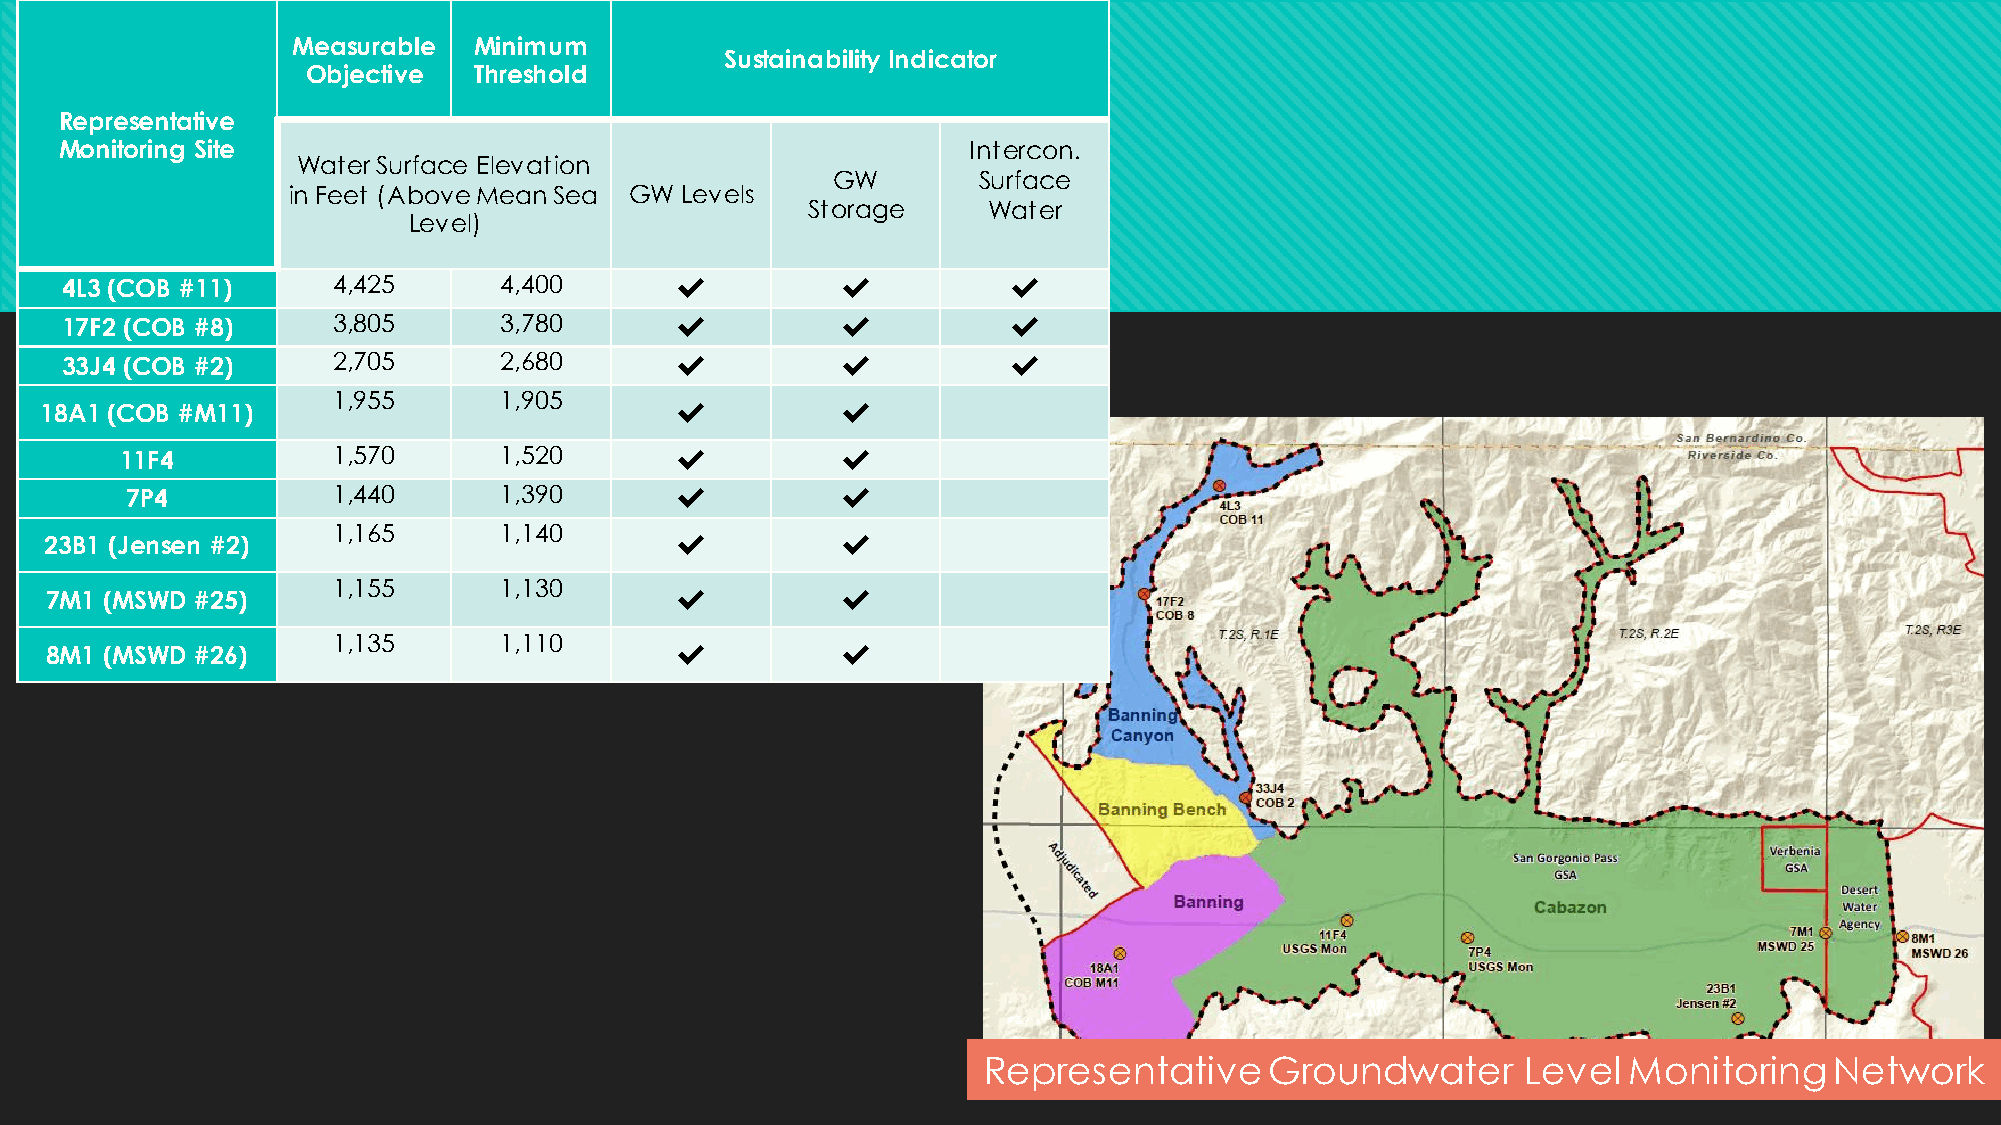
Measurable  Minimum
 Sustainability Indicator
 Objective  Threshold
 Representative
 Monitoring Site                                             Intercon.
 Water Surface Elevation
 GW        Surface
 in Feet (Above Mean Sea GW Levels
 Storage     Water
 Level)
 4L3 (COB #11)     4,425      4,400       ✔️         ✔️         ✔️
 17F2 (COB #8)     3,805      3,780       ✔️         ✔️         ✔️
 33J4 (COB #2)     2,705      2,680       ✔️         ✔️         ✔️
 1,955      1,905
 18A1 (COB #M11)                           ✔️         ✔️
 11F4          1,570      1,520       ✔️         ✔️
 7P4           1,440      1,390       ✔️         ✔️
 1,165      1,140
 23B1 (Jensen #2)                          ✔️         ✔️
 1,155      1,130
 7M1 (MSWD #25)                            ✔️         ✔️
 1,135      1,110
 8M1 (MSWD #26)                            ✔️         ✔️
 Representative     Groundwater      Level  Monitoring   Network